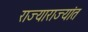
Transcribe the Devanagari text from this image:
राज्याराज्यांत